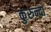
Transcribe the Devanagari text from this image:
कुरुन्दा